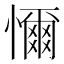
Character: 𢣚